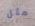
مثل